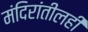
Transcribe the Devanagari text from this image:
मंदिरांतीलही